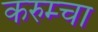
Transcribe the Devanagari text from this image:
करुम्चा